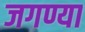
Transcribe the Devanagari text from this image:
जगण्या